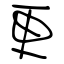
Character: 更